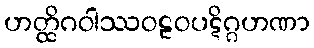
ဟတ္ထိဂဝါဿဝဠဝပဋိဂ္ဂဟဏာ